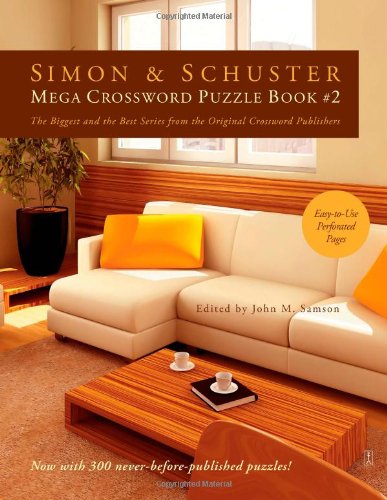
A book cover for Simon & Schuster Mega Crossword Puzzle Book #2 (Simon & Schuster Mega Crossword Puzzle Books); Humor & Entertainment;